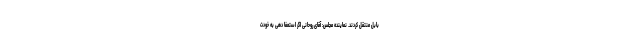
بابل منتقل کردند. نماینده مجلس: آقای روحانی اگر استعفا دهی به خودت